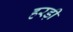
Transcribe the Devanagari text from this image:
हरड़ी